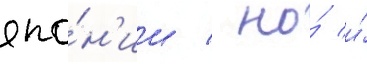
япо́н'ии / но́ и́